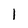
Character: l